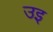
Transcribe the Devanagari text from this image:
उइ